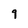
Character: 9